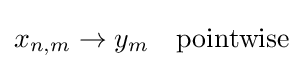
x_{n,m}\to y_{m}\quad {\text{pointwise}}